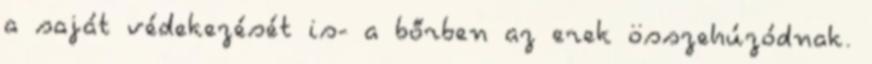
a saját védekezését is- a bőrben az erek összehúzódnak.